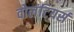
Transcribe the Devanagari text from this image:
वोलंटियर्स